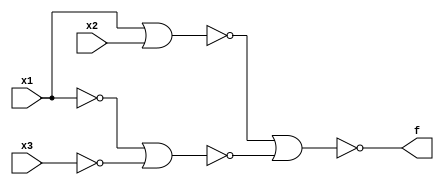
module q4_1(x1,x2,x3,f);
input x1, x2, x3;
output f;
nor(f1, x1, x2);
not(nx1, x1);
not(nx3, x3);
nor(f2, nx1, nx3);
nor(f, f1, f2);
endmodule